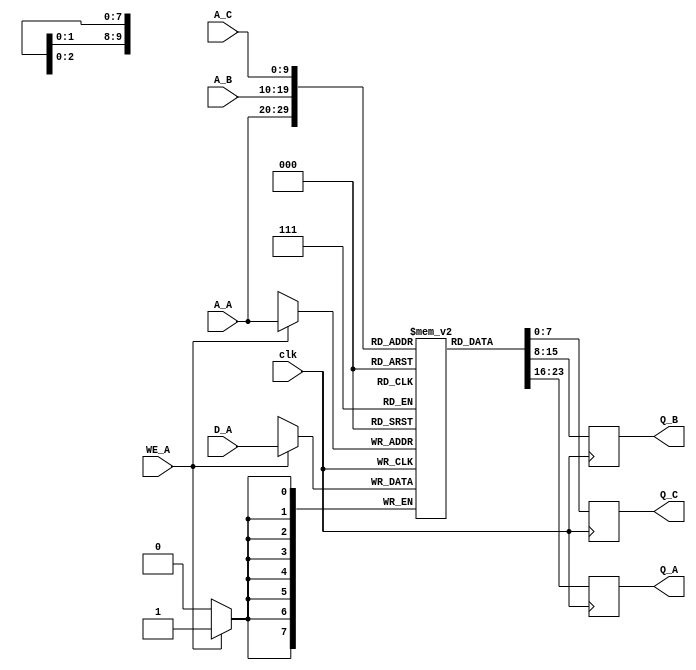
module triple_port_ram #(
    parameter ADDR_WIDTH = 10, // Address width for 1 KB (2^10)
    parameter DATA_WIDTH = 8    // Data width
)(
    input wire clk,               // Clock signal

    // Port A (Read/Write)
    input wire [ADDR_WIDTH-1:0] A_A, // Address for Port A
    input wire WE_A,                 // Write enable for Port A
    input wire [DATA_WIDTH-1:0] D_A, // Data input for Port A
    output reg [DATA_WIDTH-1:0] Q_A, // Data output for Port A

    // Port B (Read)
    input wire [ADDR_WIDTH-1:0] A_B, // Address for Port B
    output reg [DATA_WIDTH-1:0] Q_B, // Data output for Port B

    // Port C (Read)
    input wire [ADDR_WIDTH-1:0] A_C, // Address for Port C
    output reg [DATA_WIDTH-1:0] Q_C  // Data output for Port C
);

    // Memory array
    reg [DATA_WIDTH-1:0] ram [(2**ADDR_WIDTH)-1:0];

    // Port A: read/write operations
    always @(posedge clk) begin
        if (WE_A) begin
            ram[A_A] <= D_A; // Write data to RAM
        end
        Q_A <= ram[A_A]; // Read data from RAM (for Port A)
    end

    // Port B: read operation
    always @(posedge clk) begin
        Q_B <= ram[A_B]; // Read data from RAM
    end

    // Port C: read operation
    always @(posedge clk) begin
        Q_C <= ram[A_C]; // Read data from RAM
    end

endmodule